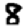
Digit: 8